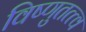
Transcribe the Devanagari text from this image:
विष्णुतत्त्व